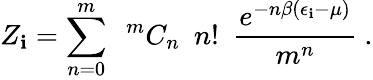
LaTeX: Z_{\mathbf{i}}=\sum_{n=0}^{m}\ \ {}^{m}C_{n}\ \ n!\ \ \frac{{e^{-n\beta(\epsilon_{\mathbf{i}}-\mu)}}}{{m^{n}}}\ .